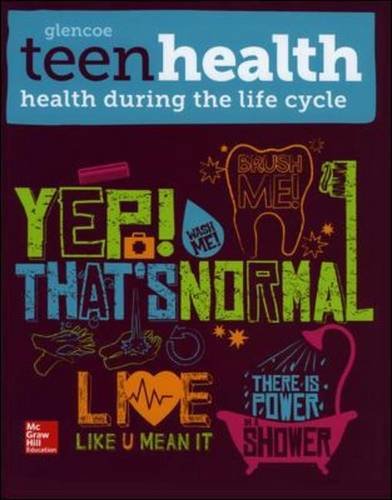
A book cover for Teen Health, Health During the Life Cycle 2014; McGraw-Hill Education; Health, Fitness & Dieting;